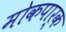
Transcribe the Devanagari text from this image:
मोकपार्क